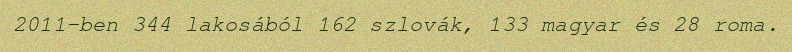
2011-ben 344 lakosából 162 szlovák, 133 magyar és 28 roma.